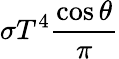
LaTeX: \sigma T^{4}{\frac{\cos\theta}{\pi}}